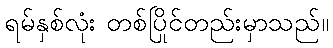
ရမ်နှစ်လုံး တစ်ပြိုင်တည်းမှာသည်။